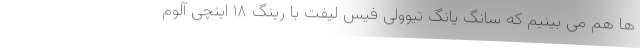
ها هم می بینیم که سانگ یانگ تیوولی فیس لیفت با رینگ ۱۸ اینچی آلوم